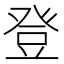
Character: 登